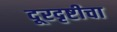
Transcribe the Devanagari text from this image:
दूरदृष्टीचा